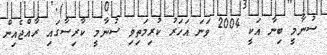
ސުނާމީ ބިނާ އަކީ 2004 ވަނަ އަހަރު ކުރިމަތިވި ސުނާމީ ކާރިސާގައި ރާއްޖެއިން